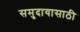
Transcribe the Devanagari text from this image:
समुदायासाठी